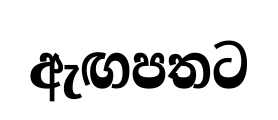
ඇඟපතට